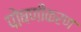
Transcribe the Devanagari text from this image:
पोषणीकरण